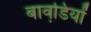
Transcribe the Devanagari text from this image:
बावडि़यों